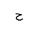
Letter: _ha